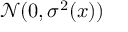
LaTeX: { \mathcal { N } } ( 0 , \sigma ^ { 2 } ( x ) )